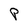
Character: P